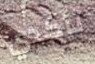
تأكدي